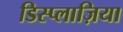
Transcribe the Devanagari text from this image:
डिस्प्लाज़िया